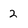
Character: 2